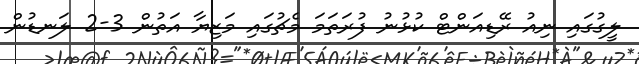
ލީގުގައި ނިއު ރޭޑިއަންޓް ކުޅުނު ފުރަތަމަ މެޗުގައި މަޒިޔާ އަތުން 3-2 ލަނޑުން